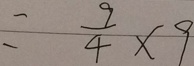
= \frac { 9 } { 4 } \times 9